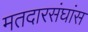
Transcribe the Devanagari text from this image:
मतदारसंघांस